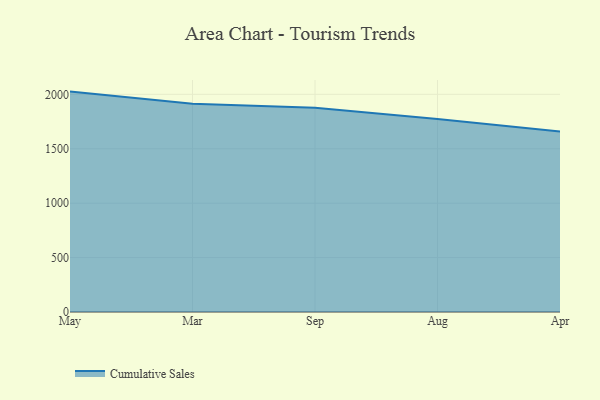
{"axis": {"x": "Month", "y": "Gross Profit (USD K)"}, "legend": ["Cumulative Sales"], "data": [{"x": "May", "y": 2025.2, "type": "Cumulative Sales"}, {"x": "Mar", "y": 1914.0, "type": "Cumulative Sales"}, {"x": "Sep", "y": 1876.9, "type": "Cumulative Sales"}, {"x": "Aug", "y": 1773.3, "type": "Cumulative Sales"}, {"x": "Apr", "y": 1657.4, "type": "Cumulative Sales"}]}